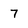
Character: 7